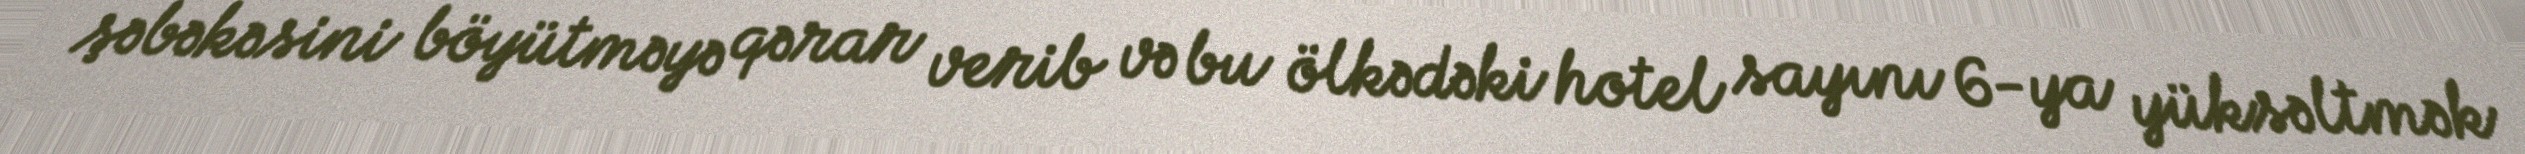
şəbəkəsini böyütməyə qərar verib və bu ölkədəki hotel sayını 6-ya yüksəltmək